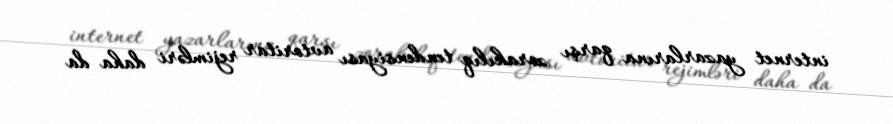
internet yazarlarına qarşı zorakılıq tendensiyası avtoritar rejimləri daha da